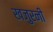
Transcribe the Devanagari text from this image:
खजुरनी